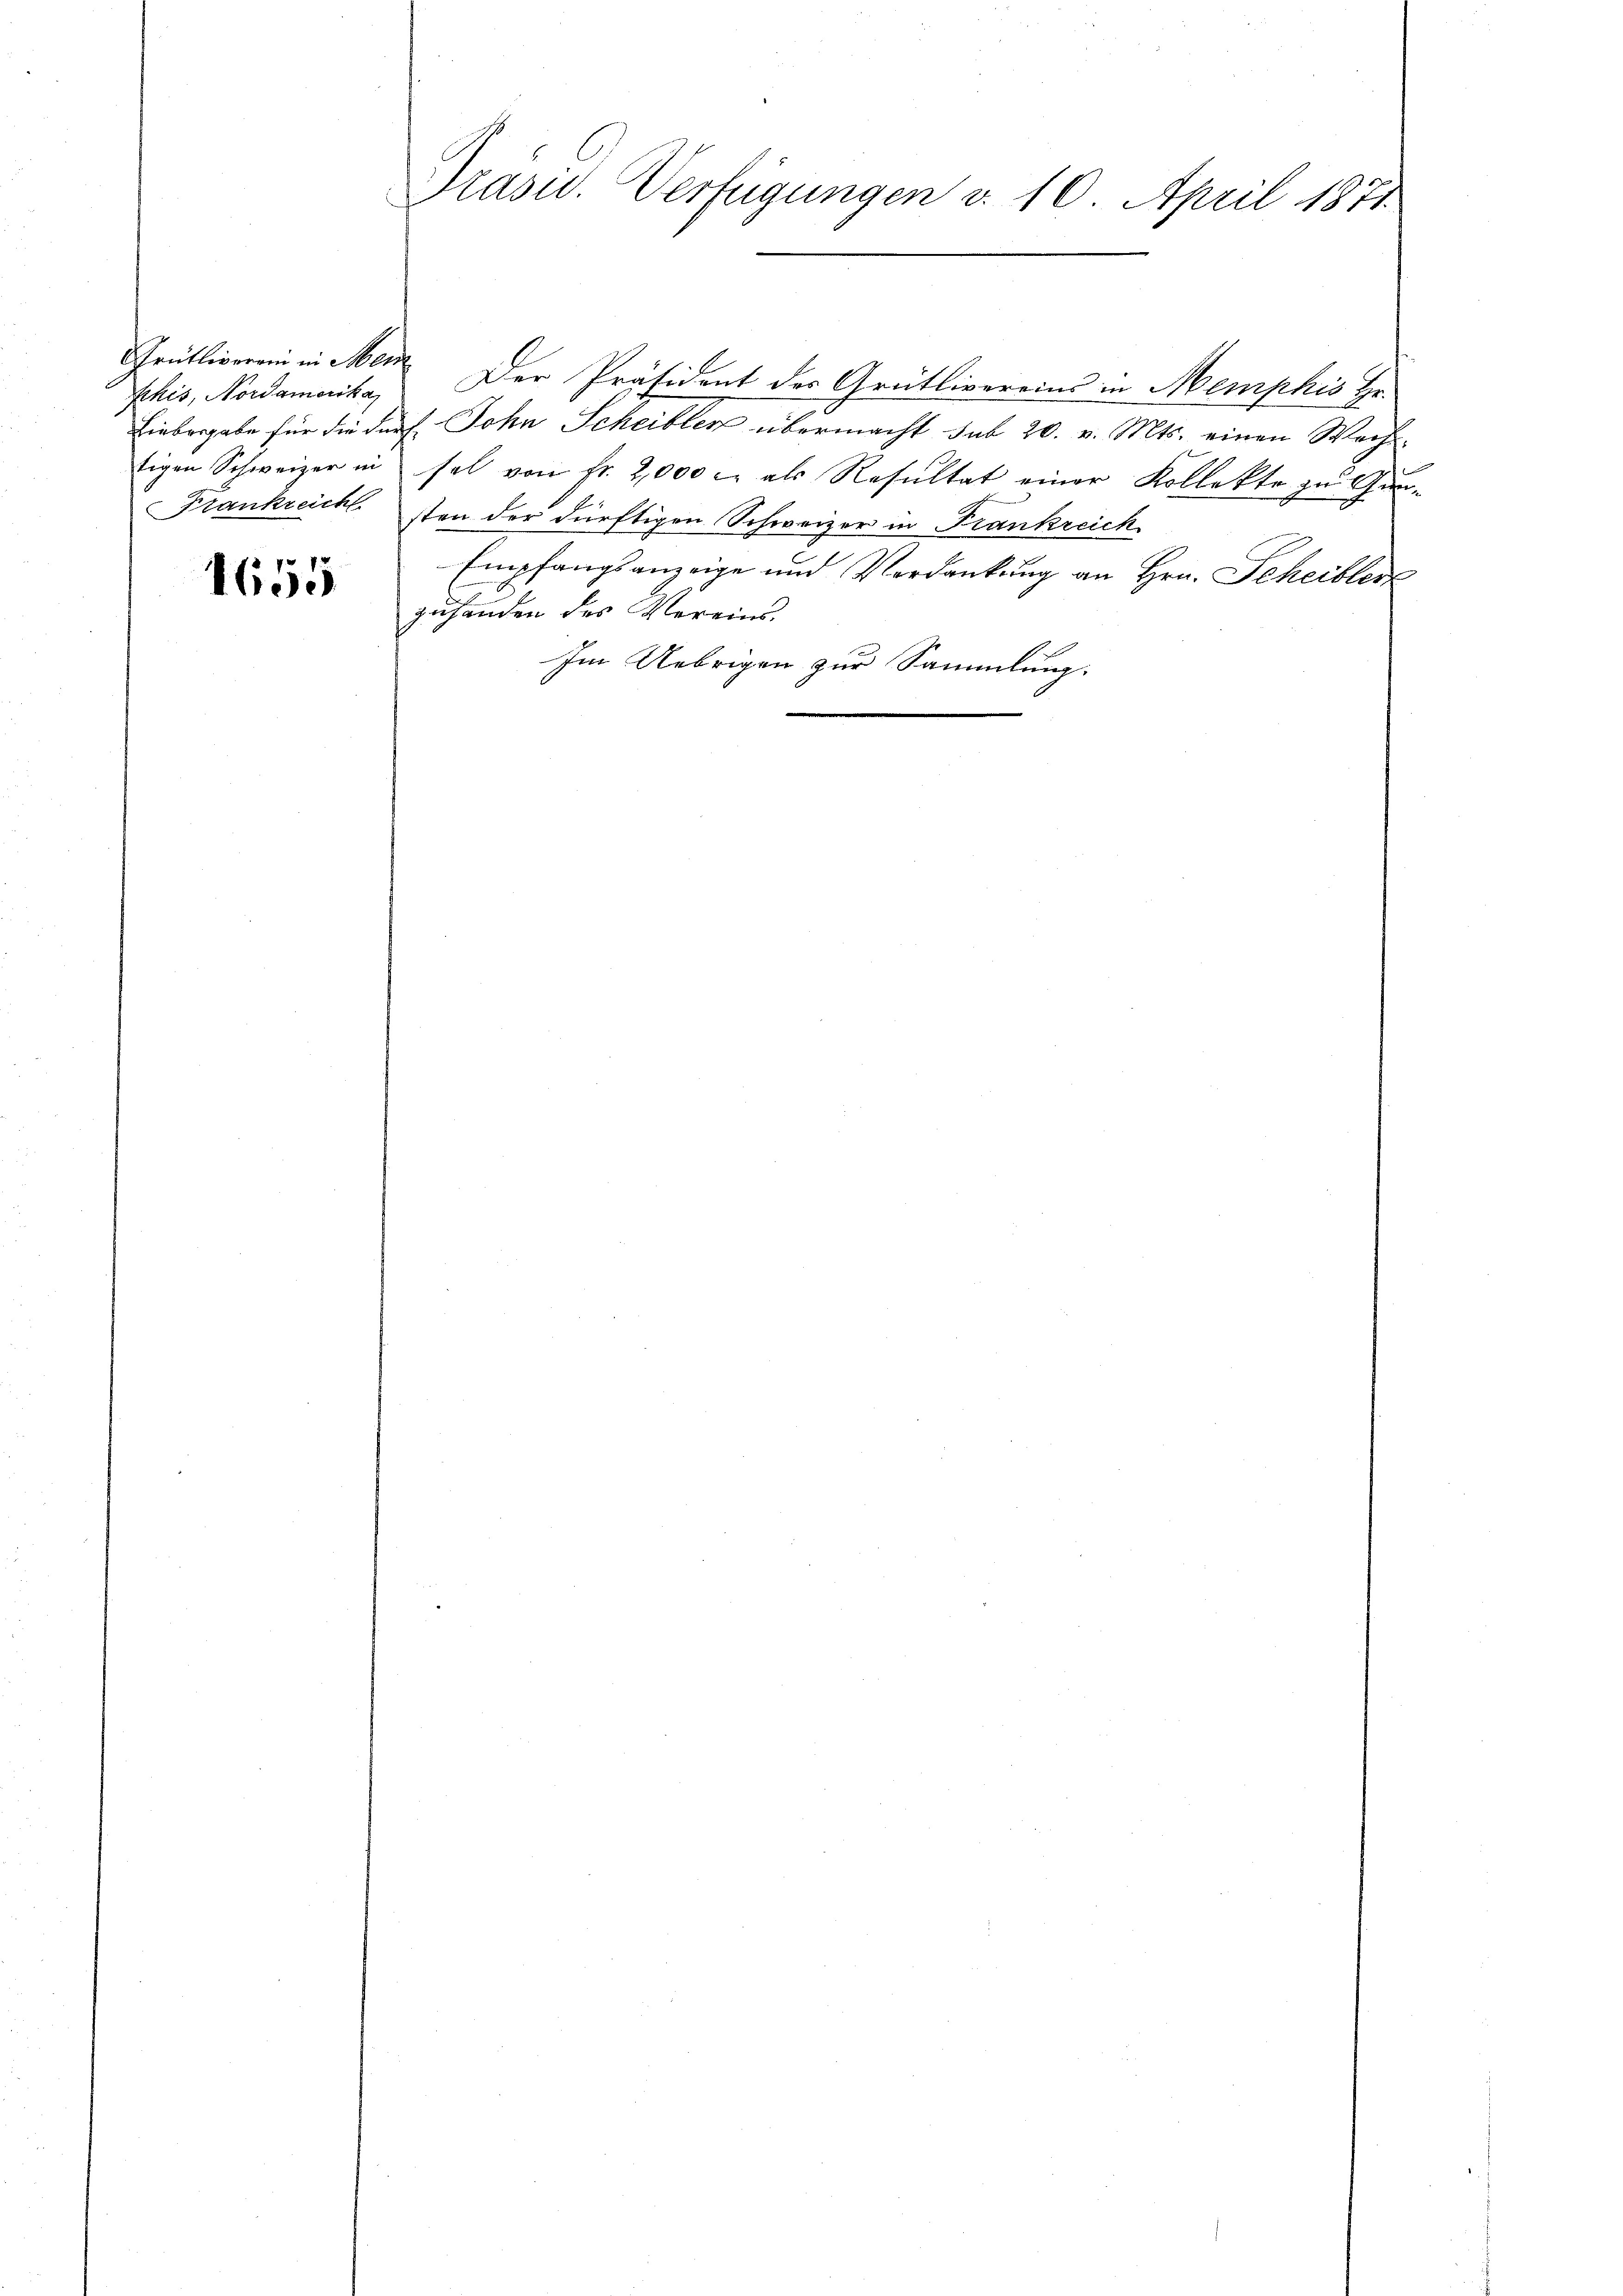
fchis, Nordamerika
tigen Schweizer in
Frankreicht

1655

Präsid. Verfügungen d. 10. April 1871.

Liebergabe für die dürf. John Scheibler übermacht sub 20. v. Mts. einen Wechsel von Fr. 2,000 c. als Resultat einer Kollekte zu Gunsten der dürftigen Schweizer in Frankreich
Empfangsanzeige und Verdankung an Hrn. Scheibler
zuhanden des Vereins.
Im Uebrigen zur Sammlung.

Grütliverein in Mein Der Präsident des Grütlivereins in Memphis Hr.